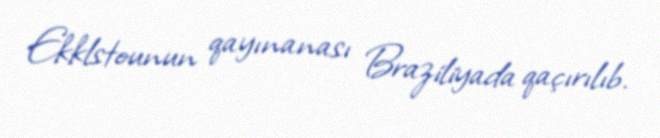
Ekklstounun qayınanası Braziliyada qaçırılıb.